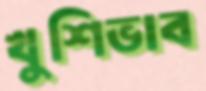
খুশিভাব